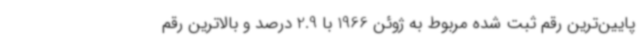
پایین‌ترین رقم ثبت شده مربوط به ژوئن 1966 با 2.9 درصد و بالاترین رقم